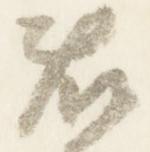
藤